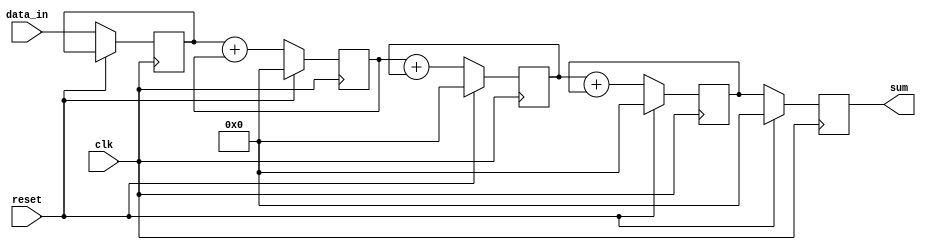
module Cascaded_Accumulator(
    input wire clk,
    input wire reset,
    input wire [7:0] data_in,
    output reg [15:0] sum
);

reg [7:0] input_data;
reg [15:0] acc1, acc2, acc3;

always @(posedge clk) begin
    if (reset) begin
        acc1 <= 0;
        acc2 <= 0;
        acc3 <= 0;
        sum <= 0;
    end else begin
        input_data <= data_in;
        acc1 <= input_data + acc1;
        acc2 <= acc1 + acc2;
        acc3 <= acc2 + acc3;
        sum <= acc3;
    end
end 

endmodule